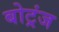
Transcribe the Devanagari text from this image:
बोट्रंज